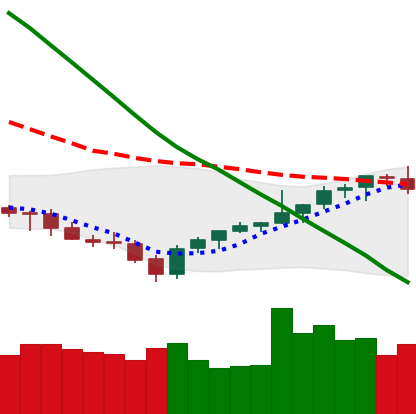
Ticker: LTC-USD
Chart end date: 2021-08-01
Forward return: 5.02%
Label: up_5_7